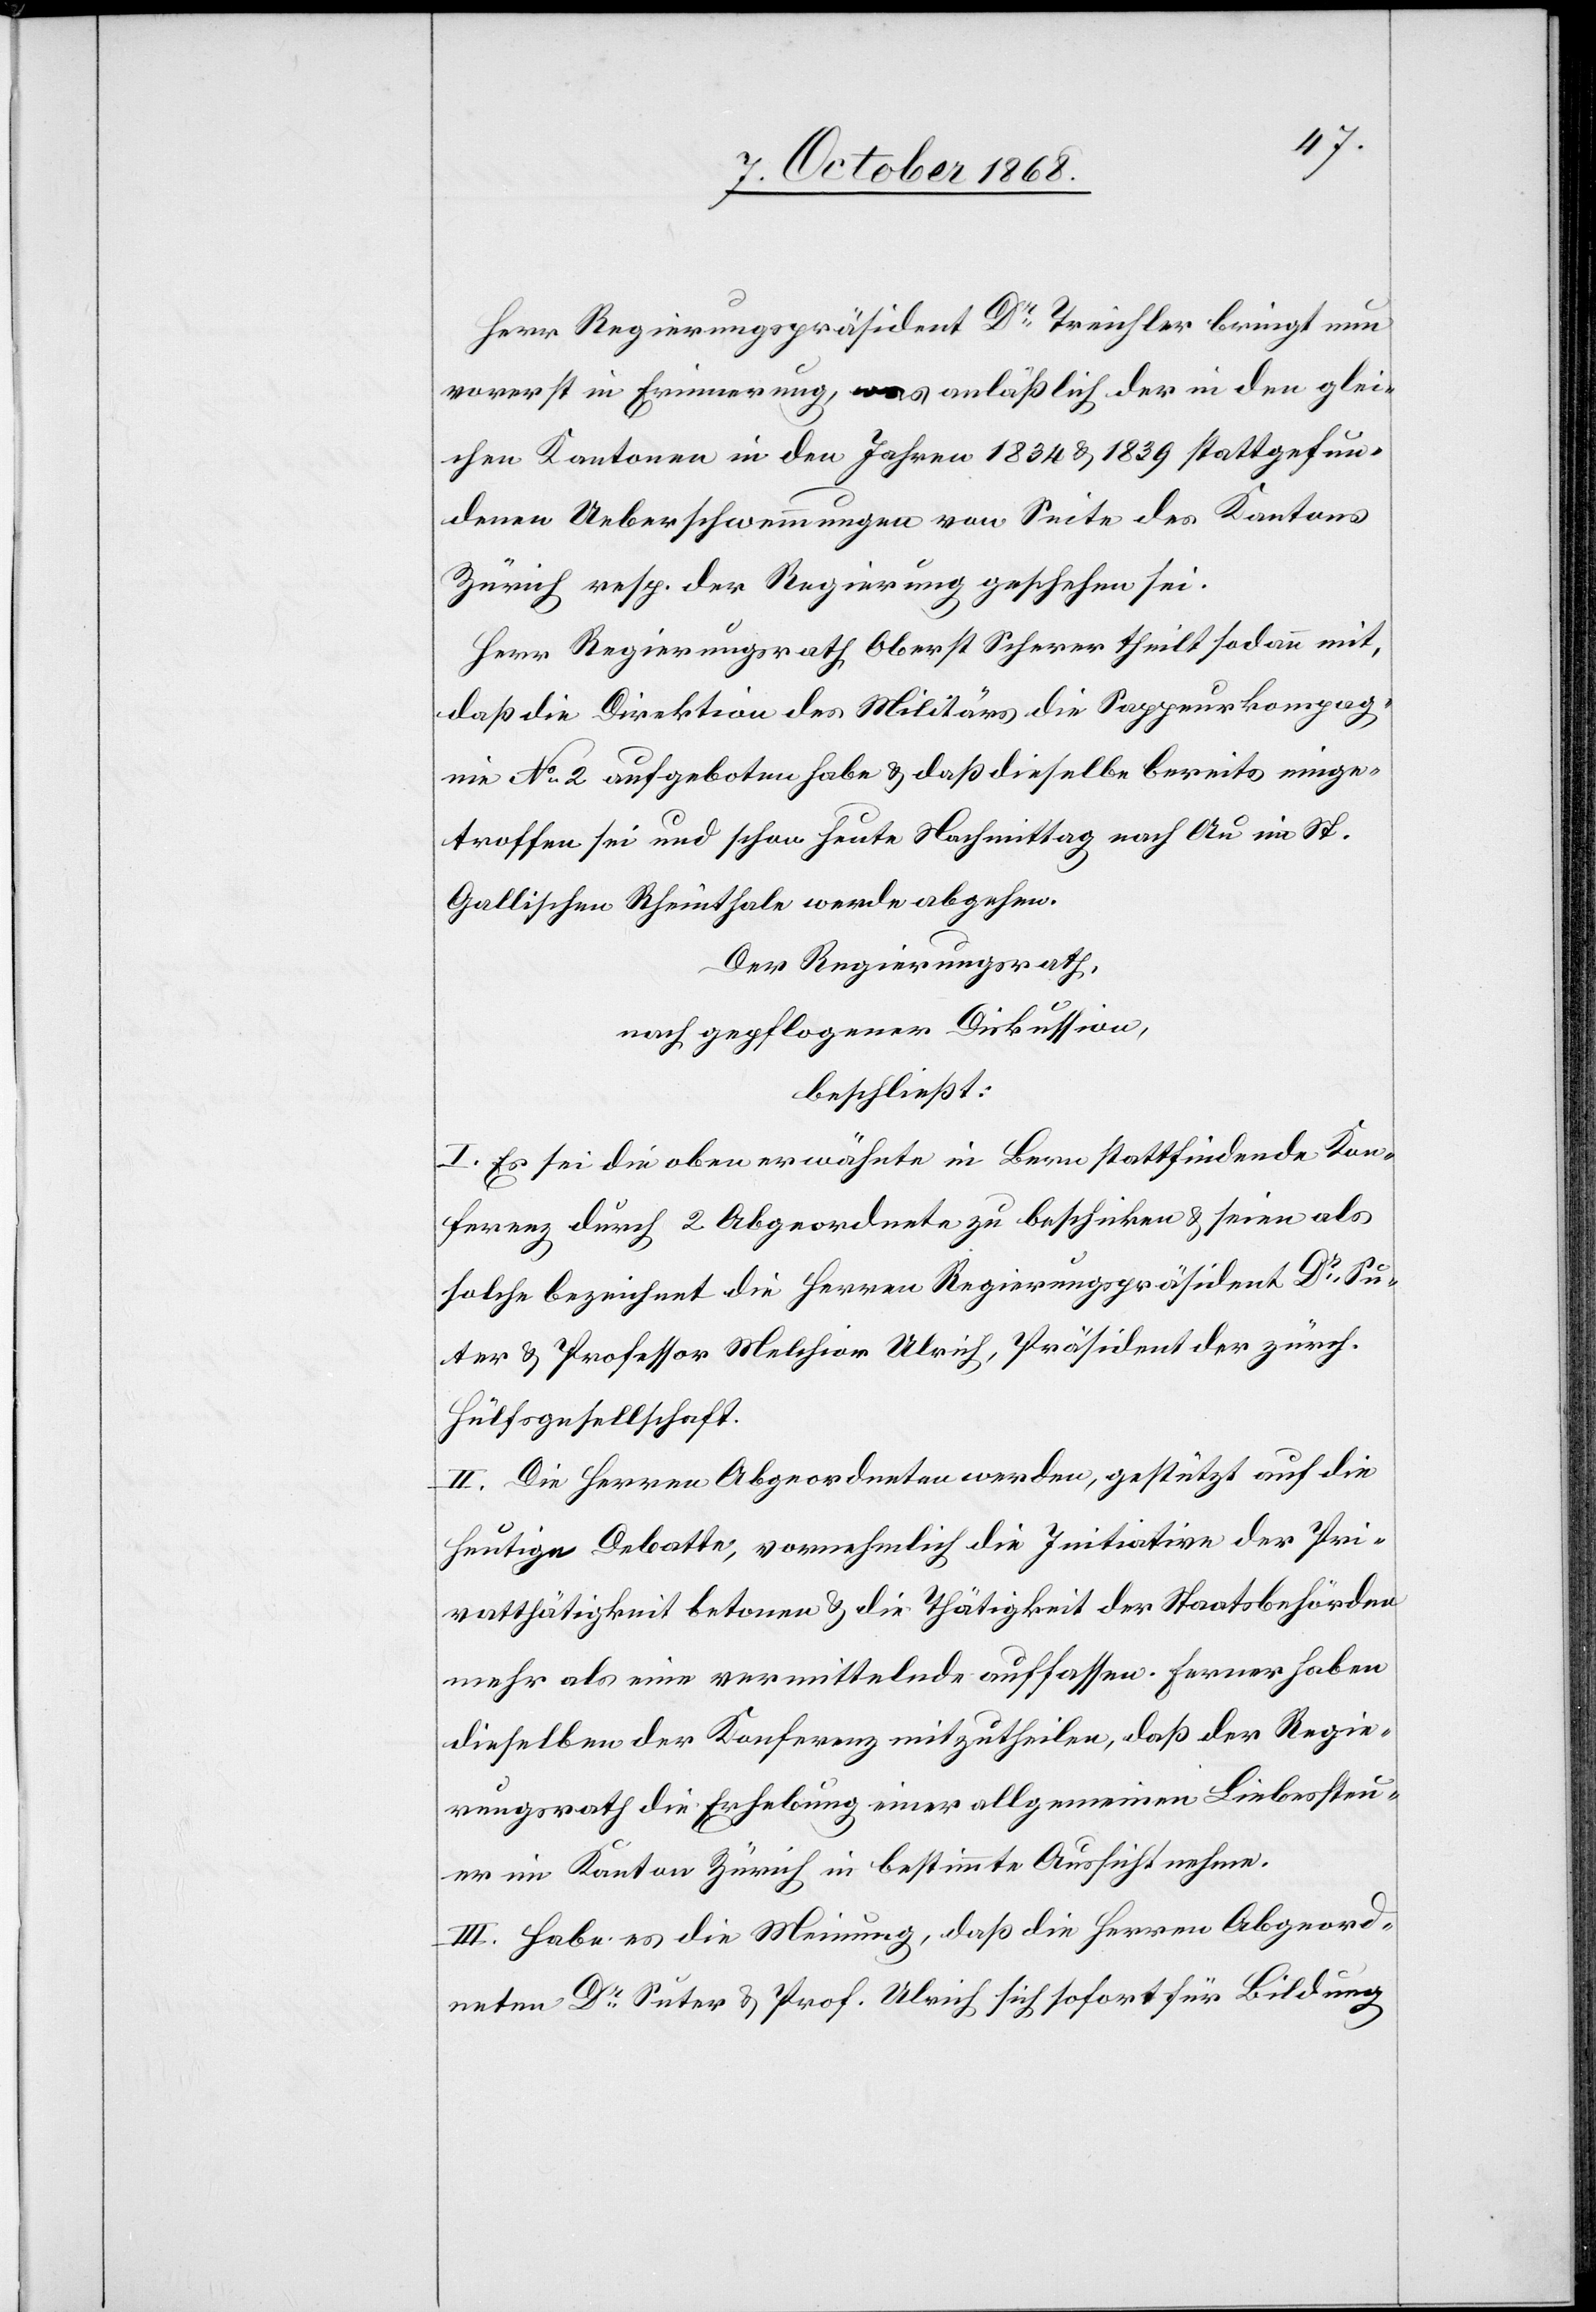
Herr Regierungspräsident Dr Treichler bringt nun
vorerst in Erinnerung, was anläßlich der in den glei¬
chen Kantonen in den Jahren 1834 & 1839 stattgefun¬
denen Ueberschwemmungen von Seite des Kantons
Zürich resp. der Regierung geschehen sei.
Herr Regierungsrath Oberst Scherer theilt sodann mit,
daß die Direktion des Militärs die Sappeurkompag¬
nie No 2 aufgeboten habe & daß dieselbe bereits einge¬
troffen sei und schon heute Nachmittag nach Au im St.
Gallischen Rheinthale werde abgehen.
Der Regierungsrath,
nach gepflogener Diskussion,
beschließt:
I. Es sei die oben erwähnte in Bern stattfindende Kon¬
ferenz durch 2 Abgeordnete zu beschicken & seien als
solche bezeichnet die Herren Regierungspräsident Dr Su¬
ter & Professor Melchior Ulrich, Präsident der zürch.
Hülfsgesellschaft.
II. Die Herren Abgeordneten werden, gestützt auf die
heutige Debatte, vornehmlich die Initiative der Pri¬
vatthätigkeit betonen & die Thätigkeit der Staatsbehörden
mehr als eine vermittelnde auffassen. Ferner haben
dieselben der Konferenz mitzutheilen, daß der Regie¬
rungsrath die Erhebung einer allgemeinen Liebessteu¬
er im Kanton Zürich in bestimmte Aussicht nehme.
III. Habe es die Meinung, daß die Herren Abgeord¬
neten Dr Suter & Prof. Ulrich sich sofort für Bildung